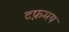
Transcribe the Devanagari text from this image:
टफ़मय